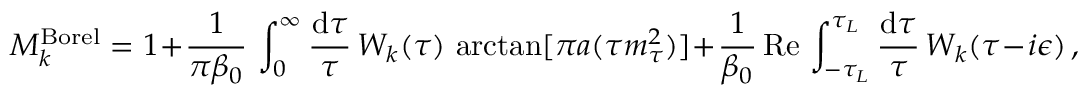
M _ { k } ^ { \mathrm { B o r e l } } = 1 + { \frac { 1 } { \pi \beta _ { 0 } } } \, \int _ { 0 } ^ { \infty } { \frac { \mathrm { d } \tau } { \tau } } \, W _ { k } ( \tau ) \, \arctan [ \pi a ( \tau m _ { \tau } ^ { 2 } ) ] + { \frac { 1 } { \beta _ { 0 } } } \, \mathrm { R e } \, \int _ { - \tau _ { L } } ^ { \tau _ { L } } { \frac { \mathrm { d } \tau } { \tau } } \, W _ { k } ( \tau - i \epsilon ) \, ,